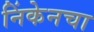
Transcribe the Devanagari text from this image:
निंकेनचा